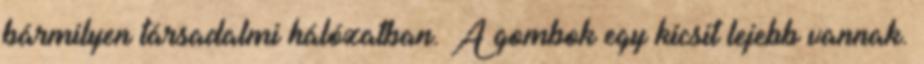
bármilyen társadalmi hálózatban. A gombok egy kicsit lejebb vannak.